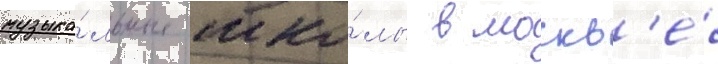
музыка́льные шко́лы в москв'е́